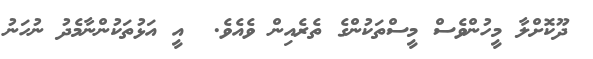
ދޫކޮށްލާ މީހުންވެސް މީސްތަކުންގެ ތެރެއިން ވެއެވެ.  އީ އަޅުތަކުންނާމެދު ނުހަނު